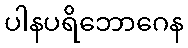
ပါနပရိဘောဂေန